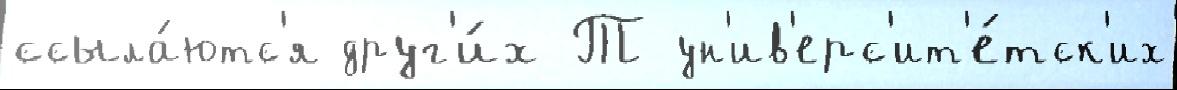
ссыла́ютс'я друг'и́х Т ун'ив'ерс'ит'е́тск'их